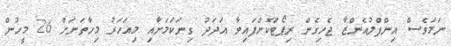
ނަމަވެސް އިންފްލުއެންޒާ ޖެހިގެން ރިޕޯޓްކޮށްފައިވާ އަދަދު ގިނަކަމަށާއި މިއަހަރު މިހާތަނަށް 26 މީހުން